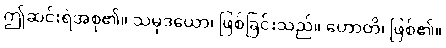
ဤဆင်းရဲအစု၏။ သမုဒယော၊ ဖြစ်ခြင်းသည်။ ဟောတိ၊ ဖြစ်၏။